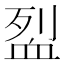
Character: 𬠼